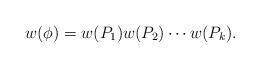
LaTeX: \begin{align*} w(\phi)=w(P_1)w(P_2)\cdots w(P_k). \end{align*}